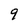
Character: 9